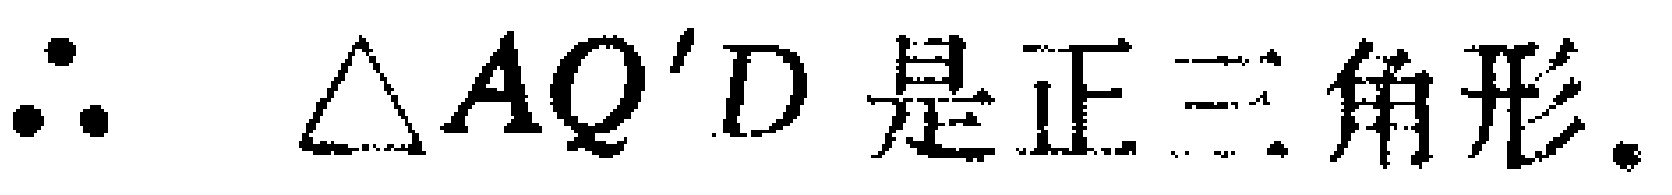
\(\therefore \triangle AQ'D\text{ 是正三角形.}\)